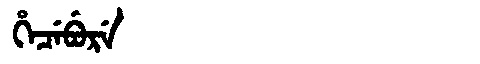
Manchu: ᡥᡝᠴᡝᠪᡠᡵᡝ
Romanization: HECEBURE